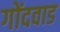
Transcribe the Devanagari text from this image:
गोंदवाड